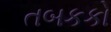
તબકકો